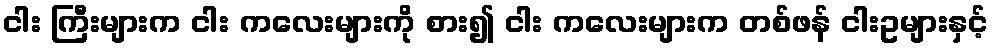
ငါး ကြီးများက ငါး ကလေးများကို စား၍ ငါး ကလေးများက တစ်ဖန် ငါးဥများနှင့်